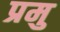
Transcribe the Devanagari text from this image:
प्रमु